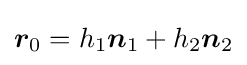
{\boldsymbol {r}}_{0}=h_{1}{\boldsymbol {n}}_{1}+h_{2}{\boldsymbol {n}}_{2}